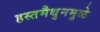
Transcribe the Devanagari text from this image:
हस्तमैथुनमुळे